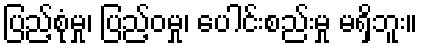
ပြည့်စုံမှု၊ ပြည့်ဝမှု၊ ပေါင်းစည်းမှု မရှိဘူး။